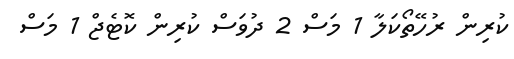
ކުރިން ރުހޭތޯކަލާ 1 މަސް 2 ދުވަސް ކުރިން ކޮޓެޖް 1 މަސް